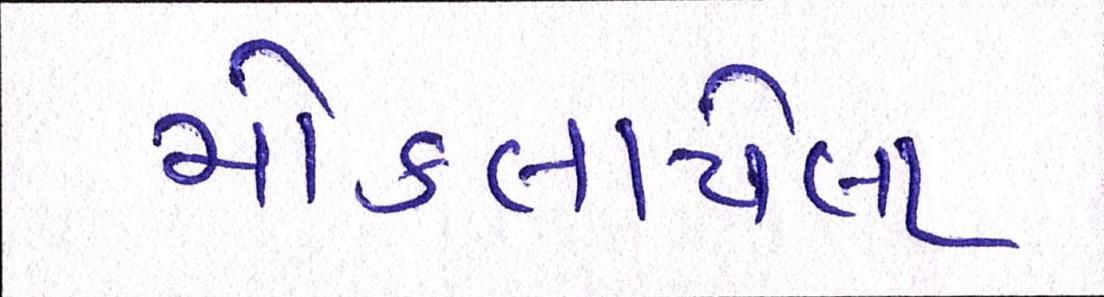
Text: મોકલાયેલા